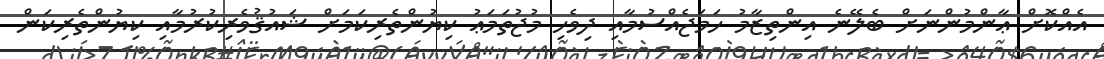
އެއްކޮށް ޢާންމުންނަށް ބެލޭނެ އިންތިޒާމު ހަމަޖެއްސުމާއި ދިވެހި މުޖުތަމަޢު ކިޔުންތެރިކަމަށް ޝައުޤުވެރިކުރުމާއި ކިޔުންތެރިކަން